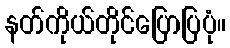
နတ်ကိုယ်တိုင်ပြောပြပုံ။